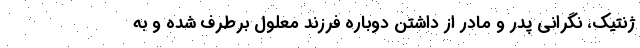
ژنتیک، نگرانی پدر و مادر از داشتن دوباره فرزند معلول برطرف شده و به